Account of plague administration in the Bombay Presidency from September 1896 till May 1897
Year: 1896
Disease focus: Plague
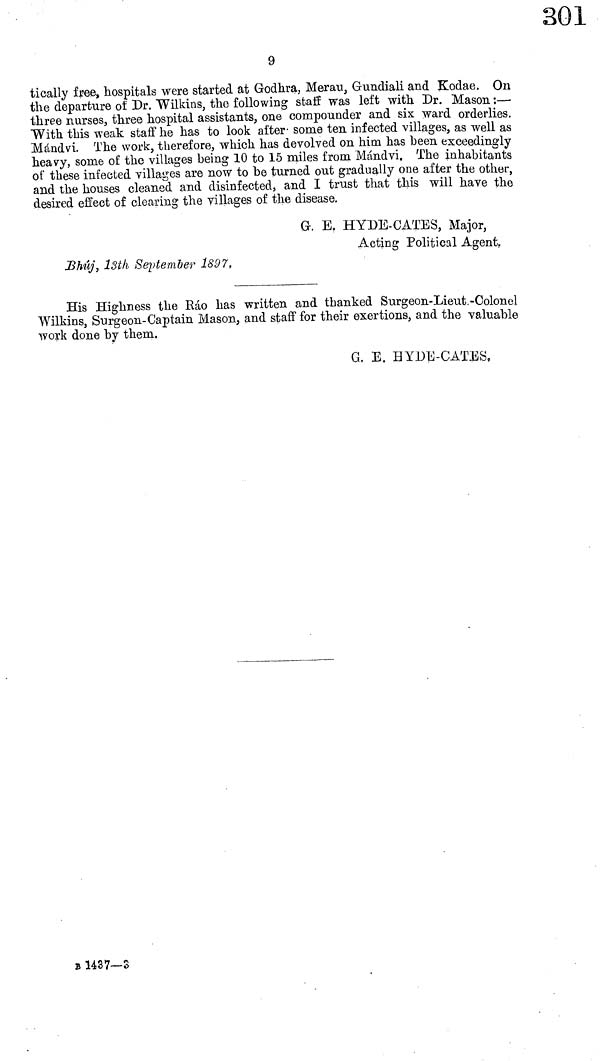
9
tically free, hospitals were started at Godhra, Merau, Gundiali and Kodae. On
the departure of Dr. Wilkins, the following staff was left with Dr. Mason :—
three nurses, three hospital assistants, one compounder and six ward orderlies.
With this weak staff he has to look after some ten infected villages, as well as
Mándvi. The work, therefore, which has devolved on him has been exceedingly
heavy, some of the villages being 10 to 15 miles from Mándvi. The inhabitants
of these infected villages are now to be turned out gradually one after the other,
and the houses cleaned and disinfected, and I trust that this will have the
desired effect of clearing the villages of the disease.
G. E. HYDE-CATES, Major,
Acting Political Agent.
Bhúj, 13th September 1897.
His Highness the Ráo has written and thanked Surgeon-Lieut.-Colonel
Wilkins, Surgeon-Captain Mason, and staff for their exertions, and the valuable
work done by them.
G. E. HYDE-GATES.
B 1437—3